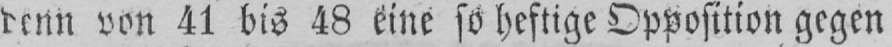
denn von 41 bis 48 eine so heftige Opposition gegen